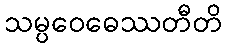
သမ္ပဝေဓေဿတီတိ